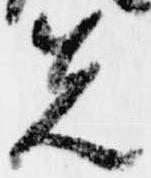
先